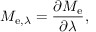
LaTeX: M _ { \mathrm { e } , \lambda } = { \frac { \partial M _ { \mathrm { e } } } { \partial \lambda } } ,